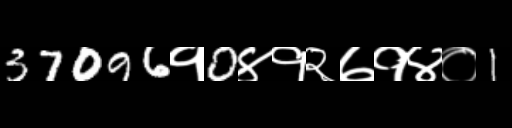
Text: 37096१0४१२७१४०1